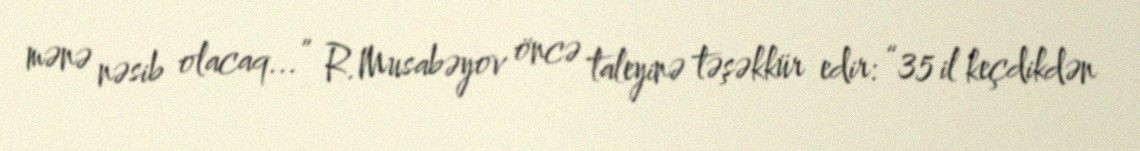
mənə nəsib olacaq...” R.Musabəyov öncə taleyinə təşəkkür edir: “35 il keçdikdən